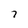
Character: 7